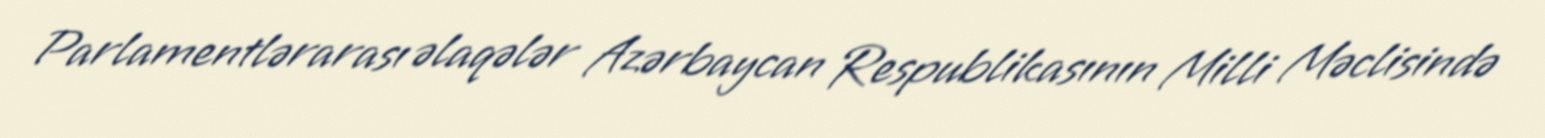
Parlamentlərarası əlaqələr Azərbaycan Respublikasının Milli Məclisində